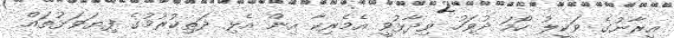
އީރާނުގެ ވަކީލު ހޯމަ ދުވަހު ވިދާޅުވީ އެމެރިކާ އިން އެޅި ދަތިކުރުމުގެ ފިޔަވަޅުތައް